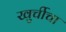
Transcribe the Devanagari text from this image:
खुर्चीचा